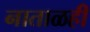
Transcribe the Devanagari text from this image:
नाताळही